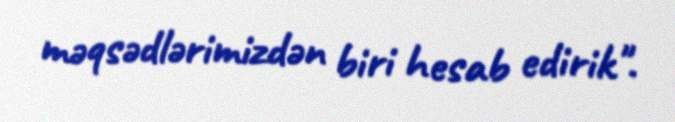
məqsədlərimizdən biri hesab edirik".